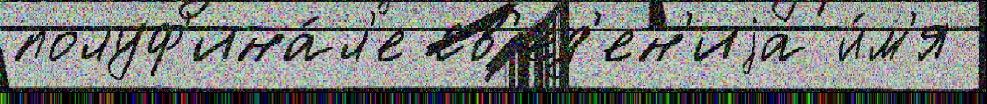
полуф'ина́л'е св'ед'ен'иjа и́м'я